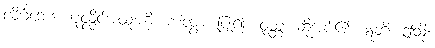
လိင်္ဂဘေဒံ၊ ပုလ္လိင်အထူးကို။ ကတွာ၊ ပြု၍။ ဝုတ္တံ၊ ဆိုအပ်၏။ ဣတိ၊ ဤသို့။